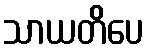
သာယတိပေ